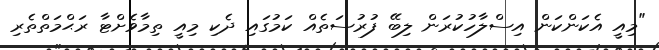
"މިއީ އެކަންކަން އިސްލާހުކުރަން ލިބޭ ފުރުސަތެއް ކަމުގައި ދެކި މިއީ ތިމާވެށްޓާ ރަޙްމަތްތެރި